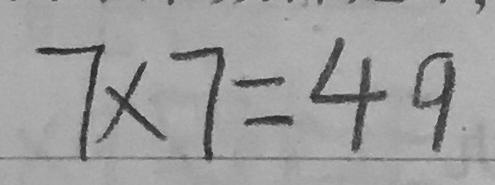
7 \times 7 = 4 9